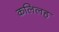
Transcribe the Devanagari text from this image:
कलिलह